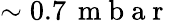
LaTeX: \sim 0.7\, \mathrm{~m~b~a~r~}